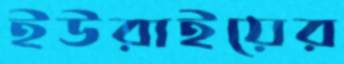
ইউরাইয়ের